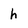
Character: h